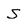
Character: s